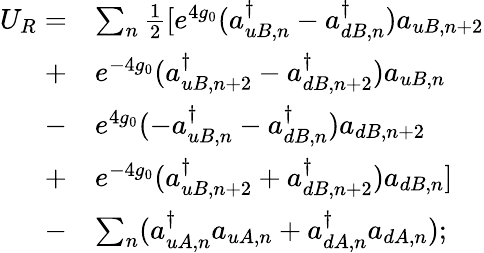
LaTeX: \begin{array}{rl}{U_{R}=}&{\sum_{n}\frac{1}{2}[e^{4g_{0}}(a_{uB,n}^{\dagger}-a_{dB,n}^{\dagger})a_{uB,n+2}}\\ {+}&{e^{-4g_{0}}(a_{uB,n+2}^{\dagger}-a_{dB,n+2}^{\dagger})a_{uB,n}}\\ {-}&{e^{4g_{0}}(-a_{uB,n}^{\dagger}-a_{dB,n}^{\dagger})a_{dB,n+2}}\\ {+}&{e^{-4g_{0}}(a_{uB,n+2}^{\dagger}+a_{dB,n+2}^{\dagger})a_{dB,n}]}\\ {-}&{\sum_{n}(a_{uA,n}^{\dagger}a_{uA,n}+a_{dA,n}^{\dagger}a_{dA,n});}\end{array}